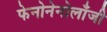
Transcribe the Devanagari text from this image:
फेनोनेनोलाँजी